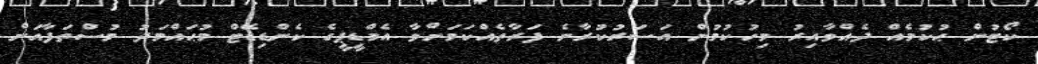
ކޯޓުން ޙުކުމެއް ދެއްވާއިރު މިހުކުމުން އަސަރުކުރާނެ ފަރާތެއްކަމަށްވާ އެމްޑީޕީގެ ކެންޑިޑޭޓް މުޙައްމަދު މުސްތަފާއަށް